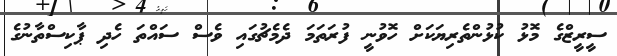
ސީރީޒްގެ މޮޅު ކުޅުންތެރިޔަކަށް ހޮވުނީ ފުރަތަމަ ދެމެޗުގައި ވެސް ސައްތަ ހެދި ޕާކިސްތާނުގެ